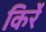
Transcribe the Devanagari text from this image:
किर्रे